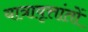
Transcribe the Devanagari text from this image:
यात्रावृत्तांतों